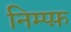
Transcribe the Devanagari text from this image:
निम्प्फ़